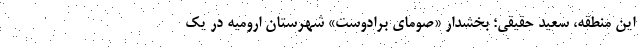
اين منطقه، سعيد حقيقي؛ بخشدار «صوماي برادوست» شهرستان اروميه در يك